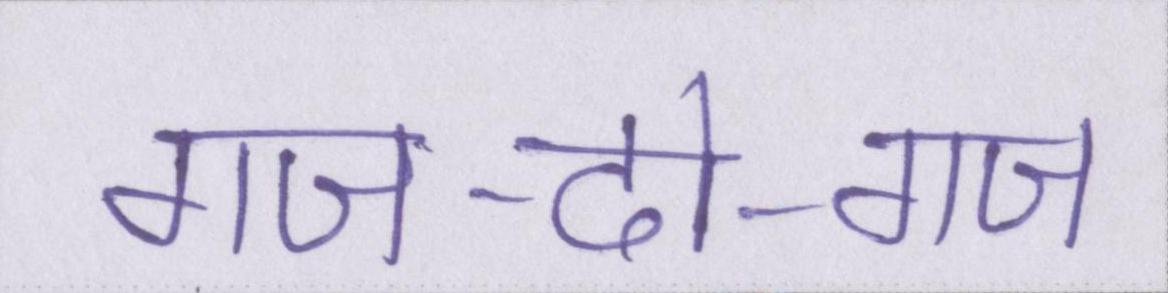
गज-दो-गज